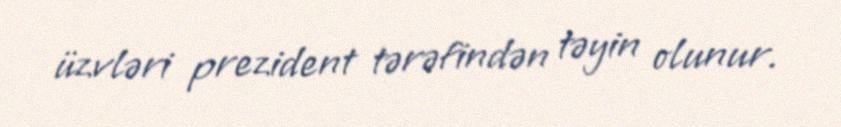
üzvləri prezident tərəfindən təyin olunur.